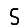
Digit: 5